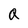
Character: Q